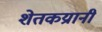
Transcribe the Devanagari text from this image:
शेतकय्रानी